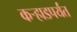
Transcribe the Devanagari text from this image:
कर्‍हाडपर्यंत